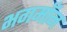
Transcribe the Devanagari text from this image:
भगमाँन